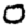
Digit: 0